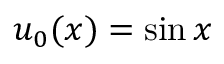
u _ { 0 } ( x ) = \sin { x }